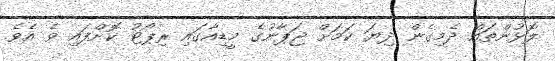
ލޮޅުންތައް ދެމިގެން ދިޔަ ކަމަށް ޖަޕާނުގެ މީޑިއާގައި ރިޕޯޓު ކޮށްފައި ވެ އެވެ.